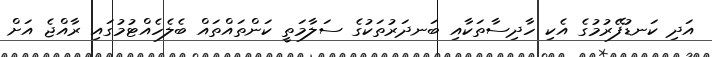
އަދި ކަނޑުފޭރުމުގެ އެކި ހާދިސާތަކާއި ބަނދަރުތަކުގެ ސަލާމަތީ ކަންތައްތައް ބެލެހެއްޓުމުގައި ރާއްޖެ އަށް